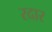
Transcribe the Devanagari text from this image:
रदार